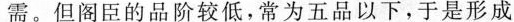
需。但阁臣的品阶较低，常为五品以下，于是形成